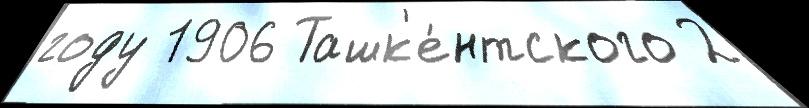
году 1906 Ташк'е́нтского 2